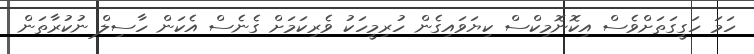
ހަމަ ހަގީގަތަށްވެސް އިކޮނޮމިކްސް ކިޔަވައިގެން ހުރިމީހަކު ވެރިކަމަށް ގެނެސް އެކަން ހާސިލް ނުކުރާތަން